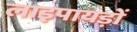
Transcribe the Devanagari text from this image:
लाइपायड़ों